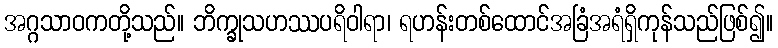
အဂ္ဂသာဝကတို့သည်။ ဘိက္ခုသဟဿပရိဝါရာ၊ ရဟန်းတစ်ထောင်အခြံအရံရှိကုန်သည်ဖြစ်၍။